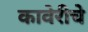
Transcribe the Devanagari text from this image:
कावेरीचे